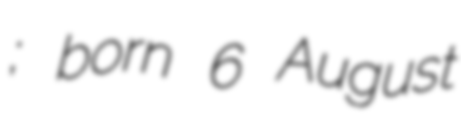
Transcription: Муъминов; born 6 August